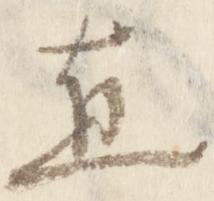
直